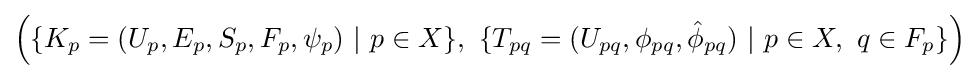
{\Big (}\{K_{p}=(U_{p},E_{p},S_{p},F_{p},\psi _{p})\ |\ p\in X\},\ \{T_{pq}=(U_{pq},\phi _{pq},{\hat {\phi }}_{pq})\ |\ p\in X,\ q\in F_{p}\}{\Big )}